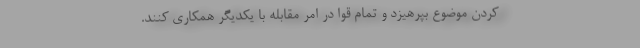
کردن موضوع بپرهیزد و تمام قوا در امر مقابله با یکدیگر همکاری کنند.